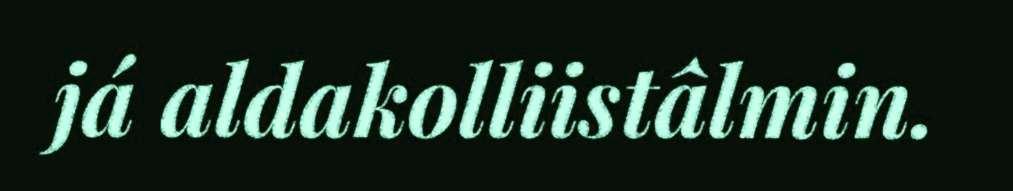
já aldakolliistâlmin.